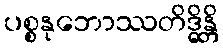
ပစ္စနုဘောဿတိဒ္ဓိန္တိ